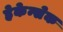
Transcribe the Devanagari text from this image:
हेकेन्सेक